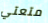
متعتي